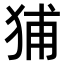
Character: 𤞨